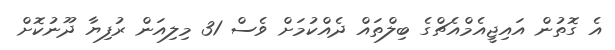
އެ ގޮތުން އައިޖީއެމްއެޗްގެ ބިލްތައް ދެއްކުމަށް ވެސް 31 މިލިއަން ރުފިޔާ ދޫނުކޮށް